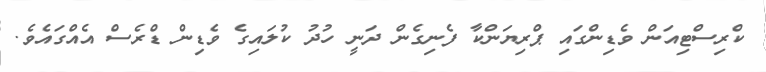
ކްރިސްޓިއަން ވެޑިންގައި ޕްރިޔަންކާ ފެނިގެން ދަނީ ހުދު ކުލައިގެ ވެޑިން ޑްރެސް އެއްގައެވެ.